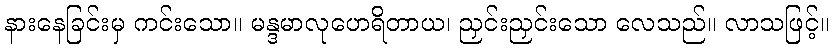
နားနေခြင်းမှ ကင်းသော။ မန္ဒမာလုဟေရိတာယ၊ ညှင်းညှင်းသော လေသည်။ လာသဖြင့်။